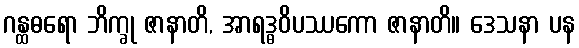
ဂန္ထဓရော ဘိက္ခု ဇာနာတိ, အာရဒ္ဓဝိပဿကော ဇာနာတိ။ ဒေသနာ ပန